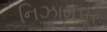
નિઝામપૂર